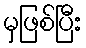
မှဖြစ်ပြီး